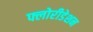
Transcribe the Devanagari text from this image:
फ्लोरीडेशन